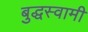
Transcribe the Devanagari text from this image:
बुद्धस्वामी